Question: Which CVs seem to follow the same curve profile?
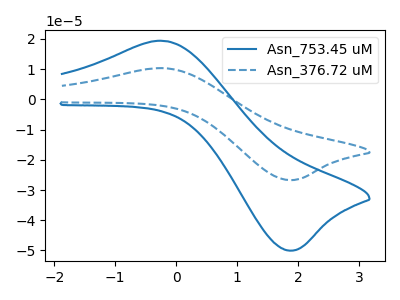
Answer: <think>The blue curve "Asn_753.45 uM" has an anodic peak at (-0.20V, 19.35uA) and a cathodic peak at (1.85V, -50.05uA). The blue dashed curve "Asn_376.72 uM" has an anodic peak at (-0.20V, 10.30uA) and a cathodic peak at (1.85V, -26.70uA).
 All the peaks in "Asn_753.45 uM" have a peak in "Asn_376.72 uM" at the same potential. Every peak in "Asn_753.45 uM" is higher than every peak in "Asn_376.72 uM".</think>
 <answer>"Asn_753.45 uM" and "Asn_376.72 uM" have the same shape and are likely CV's of the same chemical.</answer>
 <eval>"Asn_753.45 uM" "Asn_376.72 uM"</eval>